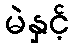
မဲနှင့်